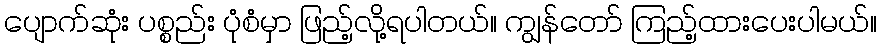
ပျောက်ဆုံး ပစ္စည်း ပုံစံမှာ ဖြည့်လို့ရပါတယ်။ ကျွန်တော် ကြည့်ထားပေးပါမယ်။